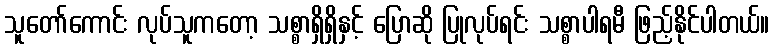
သူတော်ကောင်း လုပ်သူကတော့ သစ္စာရှိရှိနှင့် ပြောဆို ပြုလုပ်ရင်း သစ္စာပါရမီ ဖြည့်နိုင်ပါတယ်။